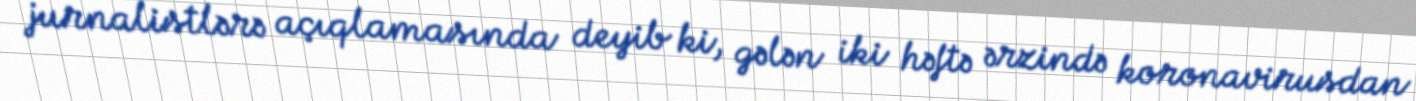
jurnalistlərə açıqlamasında deyib ki, gələn iki həftə ərzində koronavirusdan